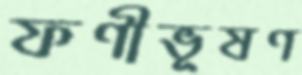
ফণীভূষণ